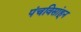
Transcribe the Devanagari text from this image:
पंचविसांहून